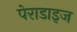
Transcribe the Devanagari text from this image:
पेराडाइज